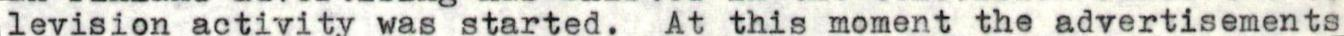
levision activity was started. At this moment the advertisements